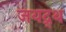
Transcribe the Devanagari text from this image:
जयद्र्थ